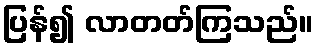
ပြန်၍ လာတတ်ကြသည်။